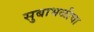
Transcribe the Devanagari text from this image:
सुबाभळीचा